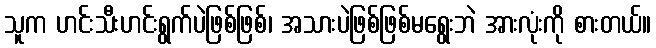
သူက ဟင်းသီးဟင်းရွက်ပဲဖြစ်ဖြစ်၊ အသားပဲဖြစ်ဖြစ်မရွေးဘဲ အားလုံးကို စားတယ်။